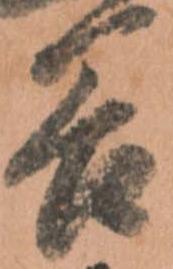
谷